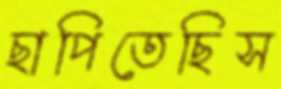
ছাপিতেছিস